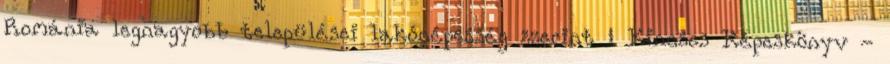
Románia legnagyobb települései lakónépesség szerint ↑ Kincses Képeskönyv -